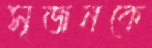
সৃজনকে